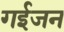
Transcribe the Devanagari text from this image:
गईजन